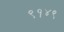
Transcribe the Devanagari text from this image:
९१४९